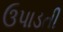
ઉપાડતી